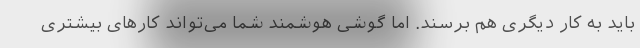
باید به کار دیگری هم برسند. اما گوشی هوشمند شما می‌تواند کارهای بیشتری